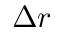
\Delta r